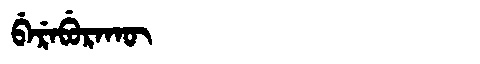
Manchu: ᠪᡝᡵᡝᠪᡠᡵᠠᡴᡡ
Romanization: BEREBURAKŪ